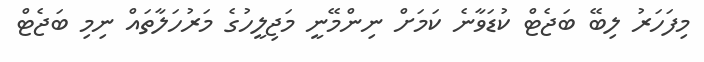
މިފަހަރު ލިބޭ ބަޖެޓް ކުޑަވާނެ ކަމަށް ނިންމޭނީ މަޖިލީހުގެ މަރުހަލާތައް ނިމި ބަޖެޓް